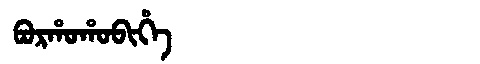
Manchu: ᠪᠣᡵᡥᠣᡥᠣᠪᡳᡥᡝ
Romanization: BORHOHOBIHE